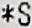
*S